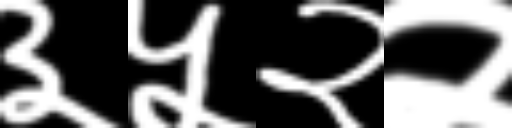
Text: ३५२२